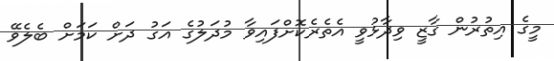
މީގެ އިތުރުން ގާޒީ ވިދާޅުވީ އެތެރެކޮށްފައިވާ މުދަލުގެ އަގު ދަށް ކަމަށް ބެލެވޭ